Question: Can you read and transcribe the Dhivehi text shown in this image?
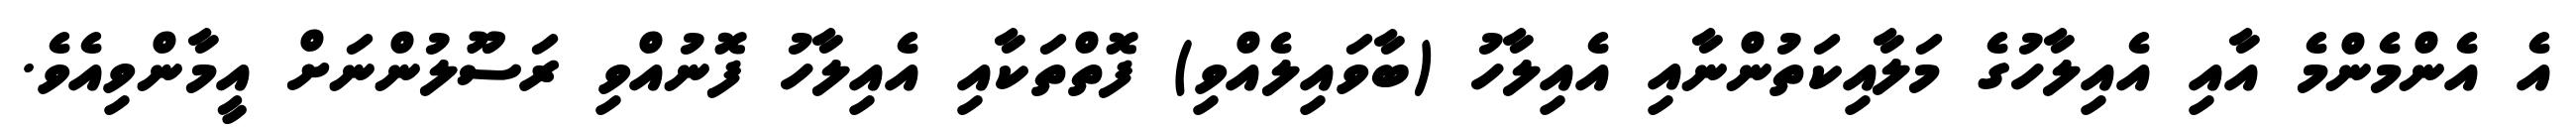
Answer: އެ އެންމެންމެ އާއި އެއިލާހުގެ މަލާއިކަތުންނާއި އެއިލާހު (ބާވައިލެއްވި) ފޮތްތަކާއި އެއިލާހު ފޮނުއްވި ރަސޫލުންނަށް އީމާންވިއެވެ.